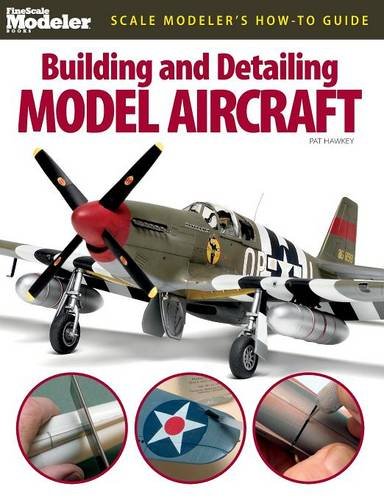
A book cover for Building and Detailing Model Aircraft (FineScale Modeler Books); Pat Hawkey; Crafts, Hobbies & Home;